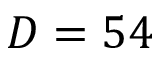
D = 5 4